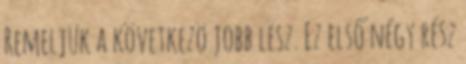
Remeljük a következö jobb lesz. Ez első négy rész